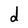
Character: d